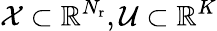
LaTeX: \mathcal{X}\subset\mathbb{R}^{N_{\mathrm{r}}},\mathcal{U}\subset\mathbb{R}^{K}